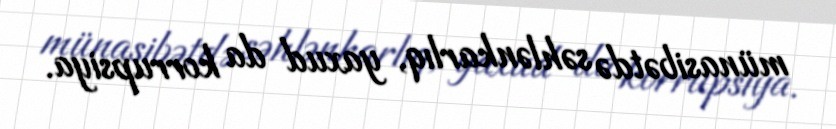
münasibətdə səhlənkarlıq, yaxud da korrupsiya.